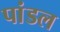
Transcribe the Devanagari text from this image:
पांडल